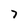
Character: 7